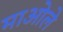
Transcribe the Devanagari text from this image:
माओले